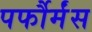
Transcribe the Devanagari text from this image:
पर्फौर्मंस